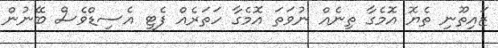
ޒައިތޫނި ތެޔޮ އޮމެގާ ތިނެއް ނުވަތަ އޮމެގާ ހަތަރެއް ފެޓީ އެސިޑްވެސް ބޭނުން